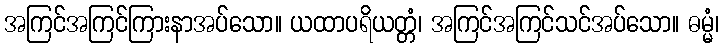
အကြင်အကြင်ကြားနာအပ်သော။ ယထာပရိယတ္တံ၊ အကြင်အကြင်သင်အပ်သော။ ဓမ္မံ၊